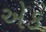
એક